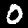
Digit: 0